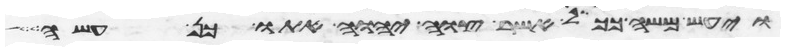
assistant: ויעש משה ככל אשר צוה יהוה אתו כן עשה